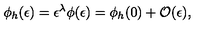
\phi _ { h } ( \epsilon ) = \epsilon ^ { \lambda } \phi ( \epsilon ) = \phi _ { h } ( 0 ) + { \cal O } ( \epsilon ) ,